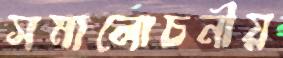
সমালোচনীয়